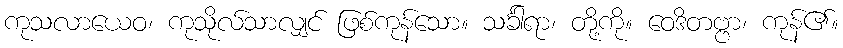
ကုသလာယေဝ၊ ကုသိုလ်သာလျှင် ဖြစ်ကုန်သော။ သင်္ခါရာ၊ တို့ကို။ ဝေဒိတဗ္ဗာ၊ ကုန်၏။